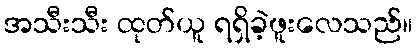
အသီးသီး ထုတ်ယူ ရရှိခဲ့ဖူးလေသည်။